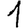
Digit: 1